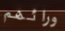
ورائهم